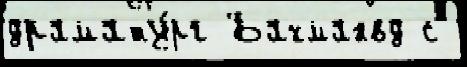
драмату́рг Бахманвд с